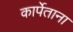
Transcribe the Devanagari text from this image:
कार्पेताना